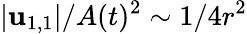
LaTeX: \vert\mathbf{u}_{1,1}\vert/A(t)^{2}\sim 1/4r^{2}